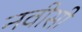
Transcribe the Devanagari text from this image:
नवीसी